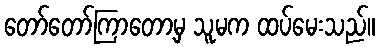
တော်တော်ကြာတော့မှ သူမက ထပ်မေးသည်။